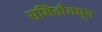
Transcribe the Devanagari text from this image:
समितीमधून